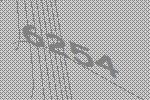
6254